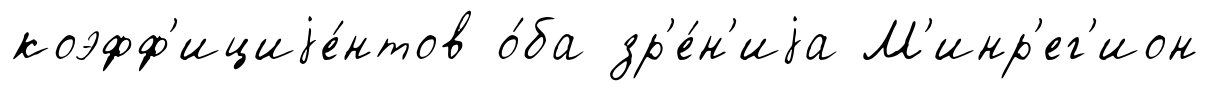
коэфф'ициjе́нтов о́ба зр'е́н'иjа М'инр'ег'ион